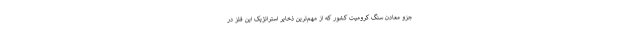
جزو معادن سنگ کرومیت کشور که از مهم‌ترین ذخایر استراتژیک این فلز در